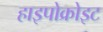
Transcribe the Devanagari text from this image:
हाइपोक्रोइट